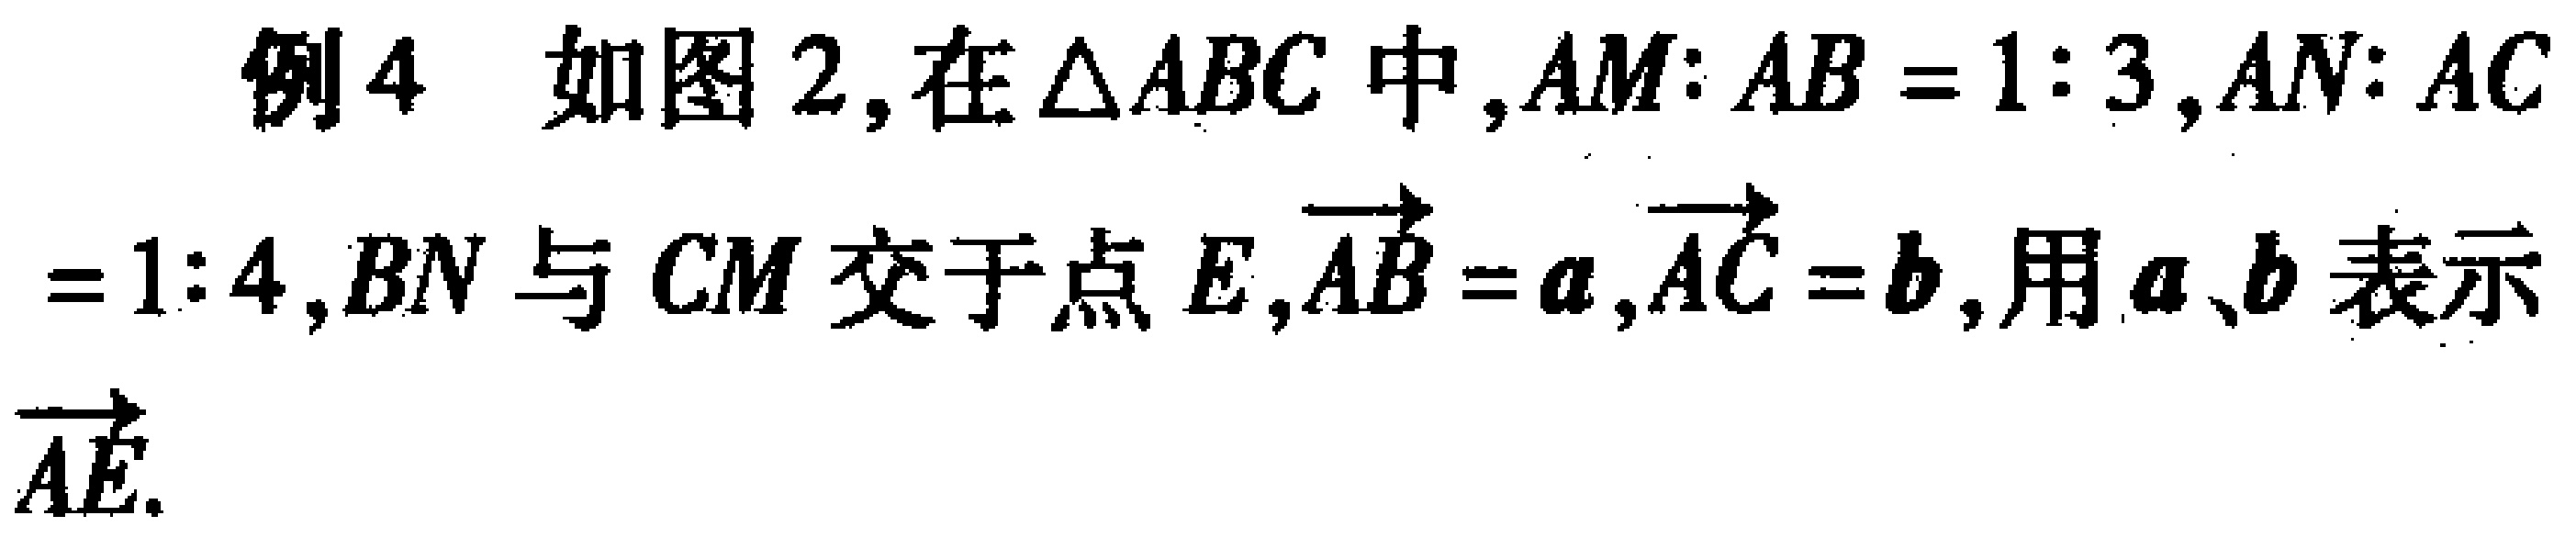
例4 如图2,在\(\triangle ABC\)中,\(AM:AB = 1:3\),\(AN:AC=1:4\),\(BN\)与\(CM\)交于点\(E\),\(\overrightarrow{AB}=\boldsymbol{a}\),\(\overrightarrow{AC}=\boldsymbol{b}\),用\(\boldsymbol{a}\)、\(\boldsymbol{b}\)表示\(\overrightarrow{AE}\).